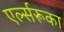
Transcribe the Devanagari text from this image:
एर्ल्सरूका